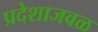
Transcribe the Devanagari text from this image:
प्रदेशाजवळ